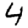
Digit: 4